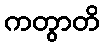
ကတွာတိ